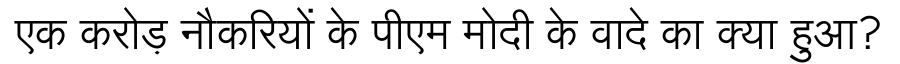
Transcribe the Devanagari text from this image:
एक करोड़ नौकरियों के पीएम मोदी के वादे का क्या हुआ?